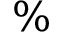
\%